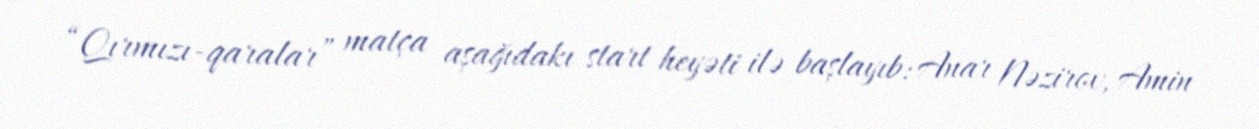
“Qırmızı-qaralar” matça aşağıdakı start heyəti ilə başlayıb: Anar Nəzirov, Amin